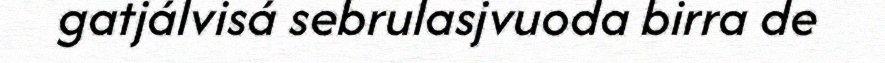
gatjálvisá sebrulasjvuoda birra de